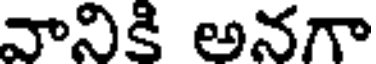
వానికి అనగా